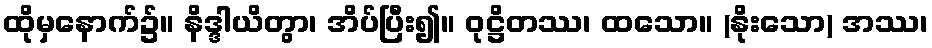
ထိုမှနောက်၌။ နိဒ္ဒါယိတွာ၊ အိပ်ပြီး၍။ ဝုဋ္ဌိတဿ၊ ထသော။ (နိုးသော) အဿ၊